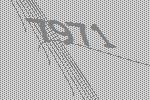
7971